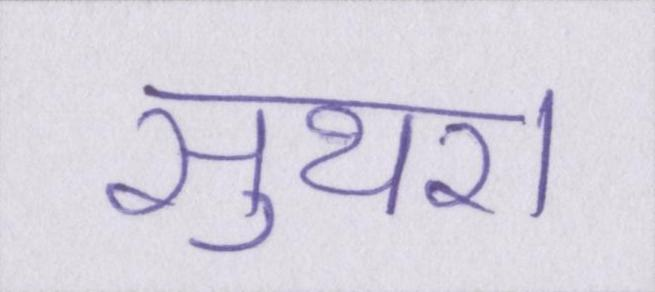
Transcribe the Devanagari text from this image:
सुथरा